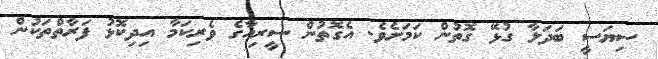
ސިޔަސީ ބަދަލާ ގުޅޭ ގޮތުން ކަމަށެވެ. އެގޮތުން ސީރިއާގެ ވެރިކަމާ އިދިކޮޅު ފަރާތްތަކުން